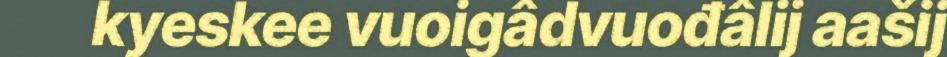
kyeskee vuoigâdvuođâlij aašij